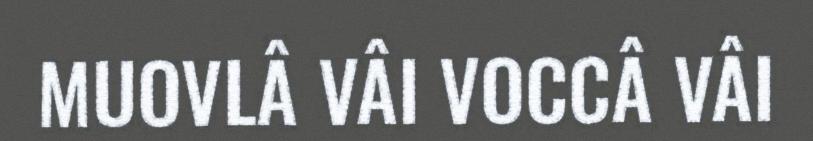
MUOVLÂ VÂI VOCCÂ VÂI